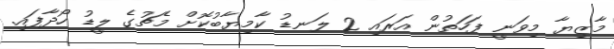
މާޒިޔާ މިވަނީ ފަހަތުން އަރައި 2 ލަނޑު ކާމިޔާބުކޮށް މެޗުގެ ލީޑު ހޯދާފައި.